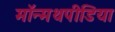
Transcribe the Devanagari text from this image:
मॉन्मथपीडिया